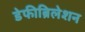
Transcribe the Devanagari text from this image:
डेफीब्रिलेशन